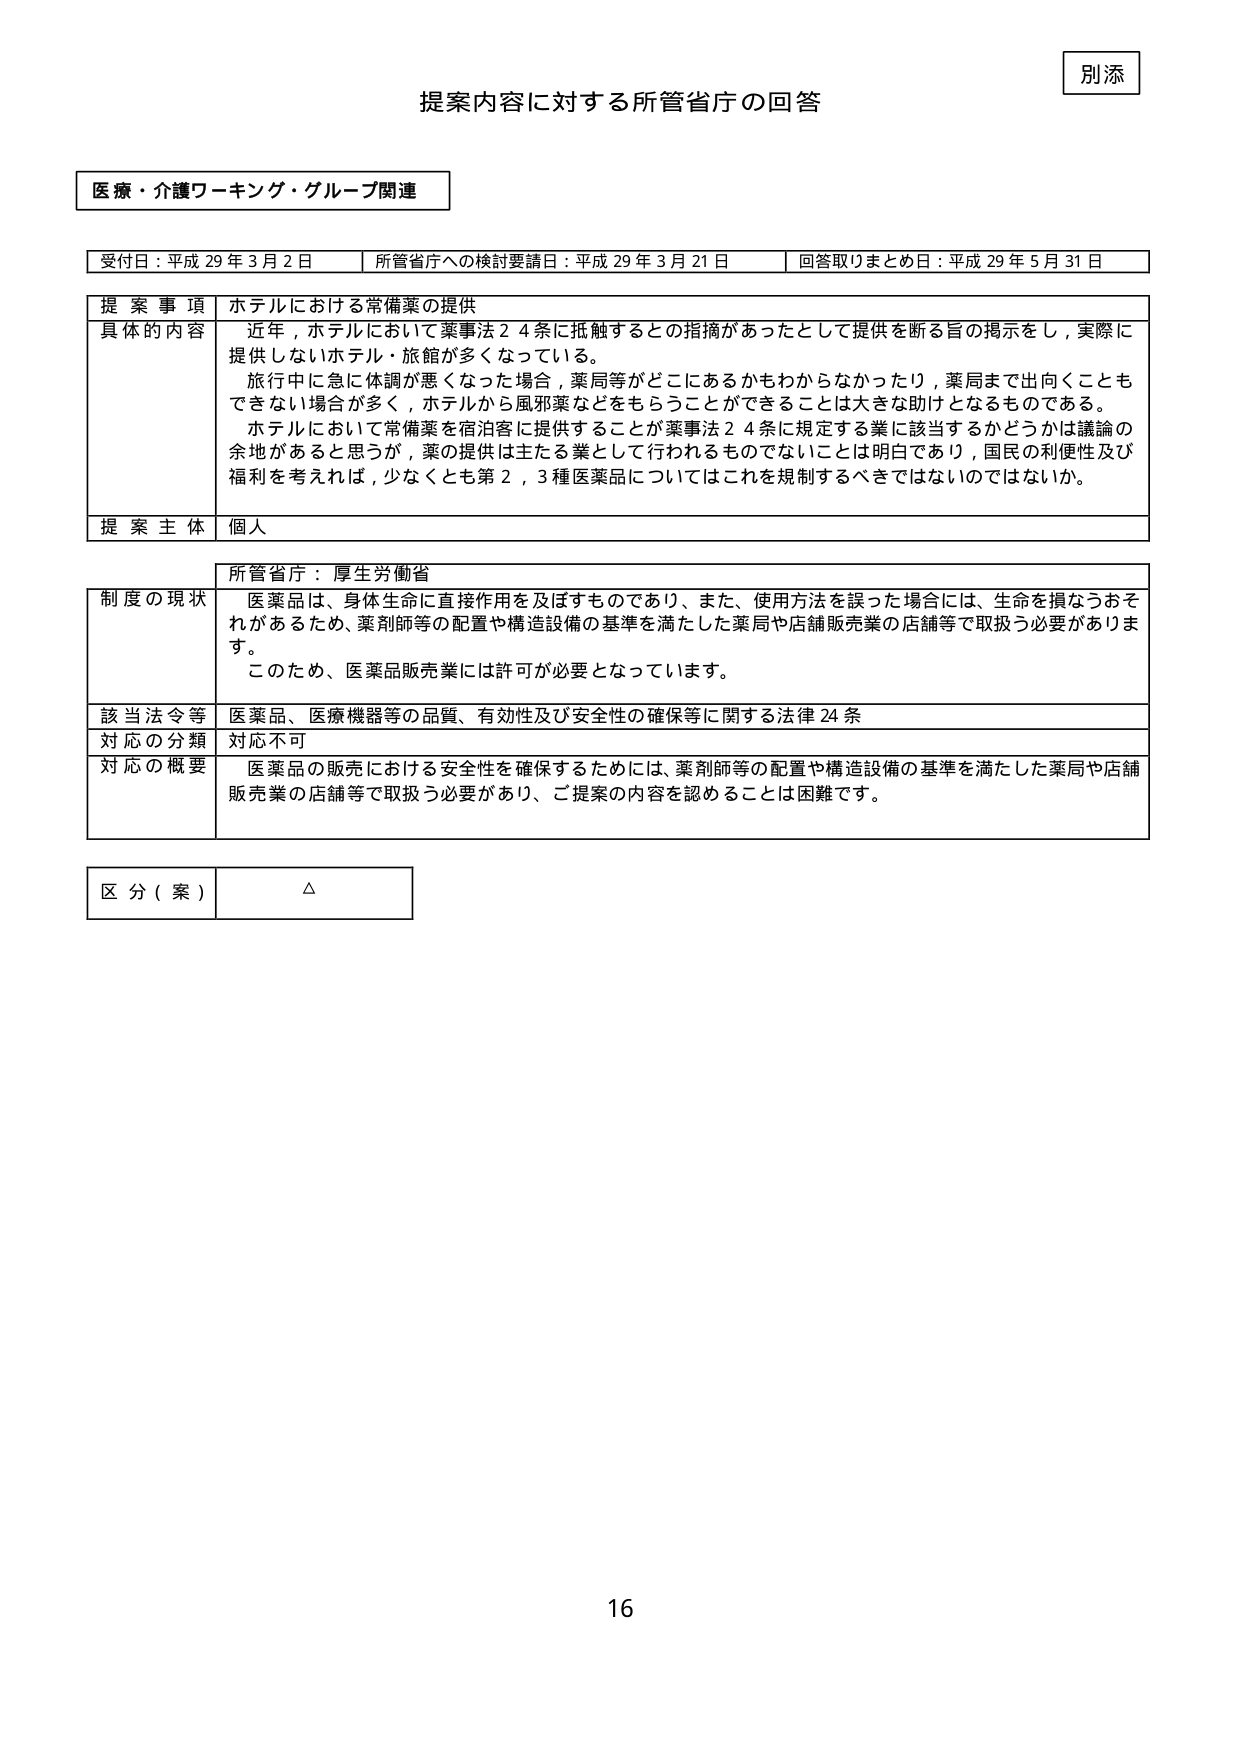
別添
提案内容に対する所管省庁の回答

医療・介護ワーキング・グループ関連

受付日：平成29年3月2日　　所管省庁への検討要請日：平成29年3月21日　　回答取りまとめ日：平成29年5月31日

提案事項　ホテルにおける常備薬の提供
具体的内容　近年，ホテルにおいて薬事法24条に抵触するとの指摘があったとして提供を断る旨の掲示をし，実際に提供しないホテル・旅館が多くなっている。
旅行中に急に体調が悪くなった場合，薬局等がどこにあるかもわからなかったり，薬局まで出向くこともできない場合が多く，ホテルから風邪薬などをもらうことができるとは大きな助けとなるものである。
ホテルにおいて常備薬を宿泊客に提供することが薬事法24条に規定する業に該当するかどうかは議論の余地があると思うが，薬の提供は主たる業として行われるものでないことは明白であり，国民の利便性及び福利を考えれば，少なくとも第2，3種医薬品についてはこれを規制するべきではないのではないか。

提案主体　個人

所管省庁：厚生労働省
制度の現状　医薬品は，身体生命に直接作用を及ぼすものであり，また，使用方法を誤った場合には，生命を損なうおそれがあるため，薬剤師等の配置や構造設備の基準を満たした薬局や店舗販売業の店舗等で取扱う必要があります。
このため，医薬品販売業には許可が必要となっています。

該当法令等　医薬品、医療機器等の品質、有効性及び安全性の確保等に関する法律24条
対応の分類　対応不可
対応の概要　医薬品の販売における安全性を確保するためには，薬剤師等の配置や構造設備の基準を満たした薬局や店舗販売業の店舗等で取扱う必要があり，ご提案の内容を認めるることは困難です。

区分（案）　△

16